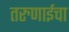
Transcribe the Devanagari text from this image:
तरुणाईचा